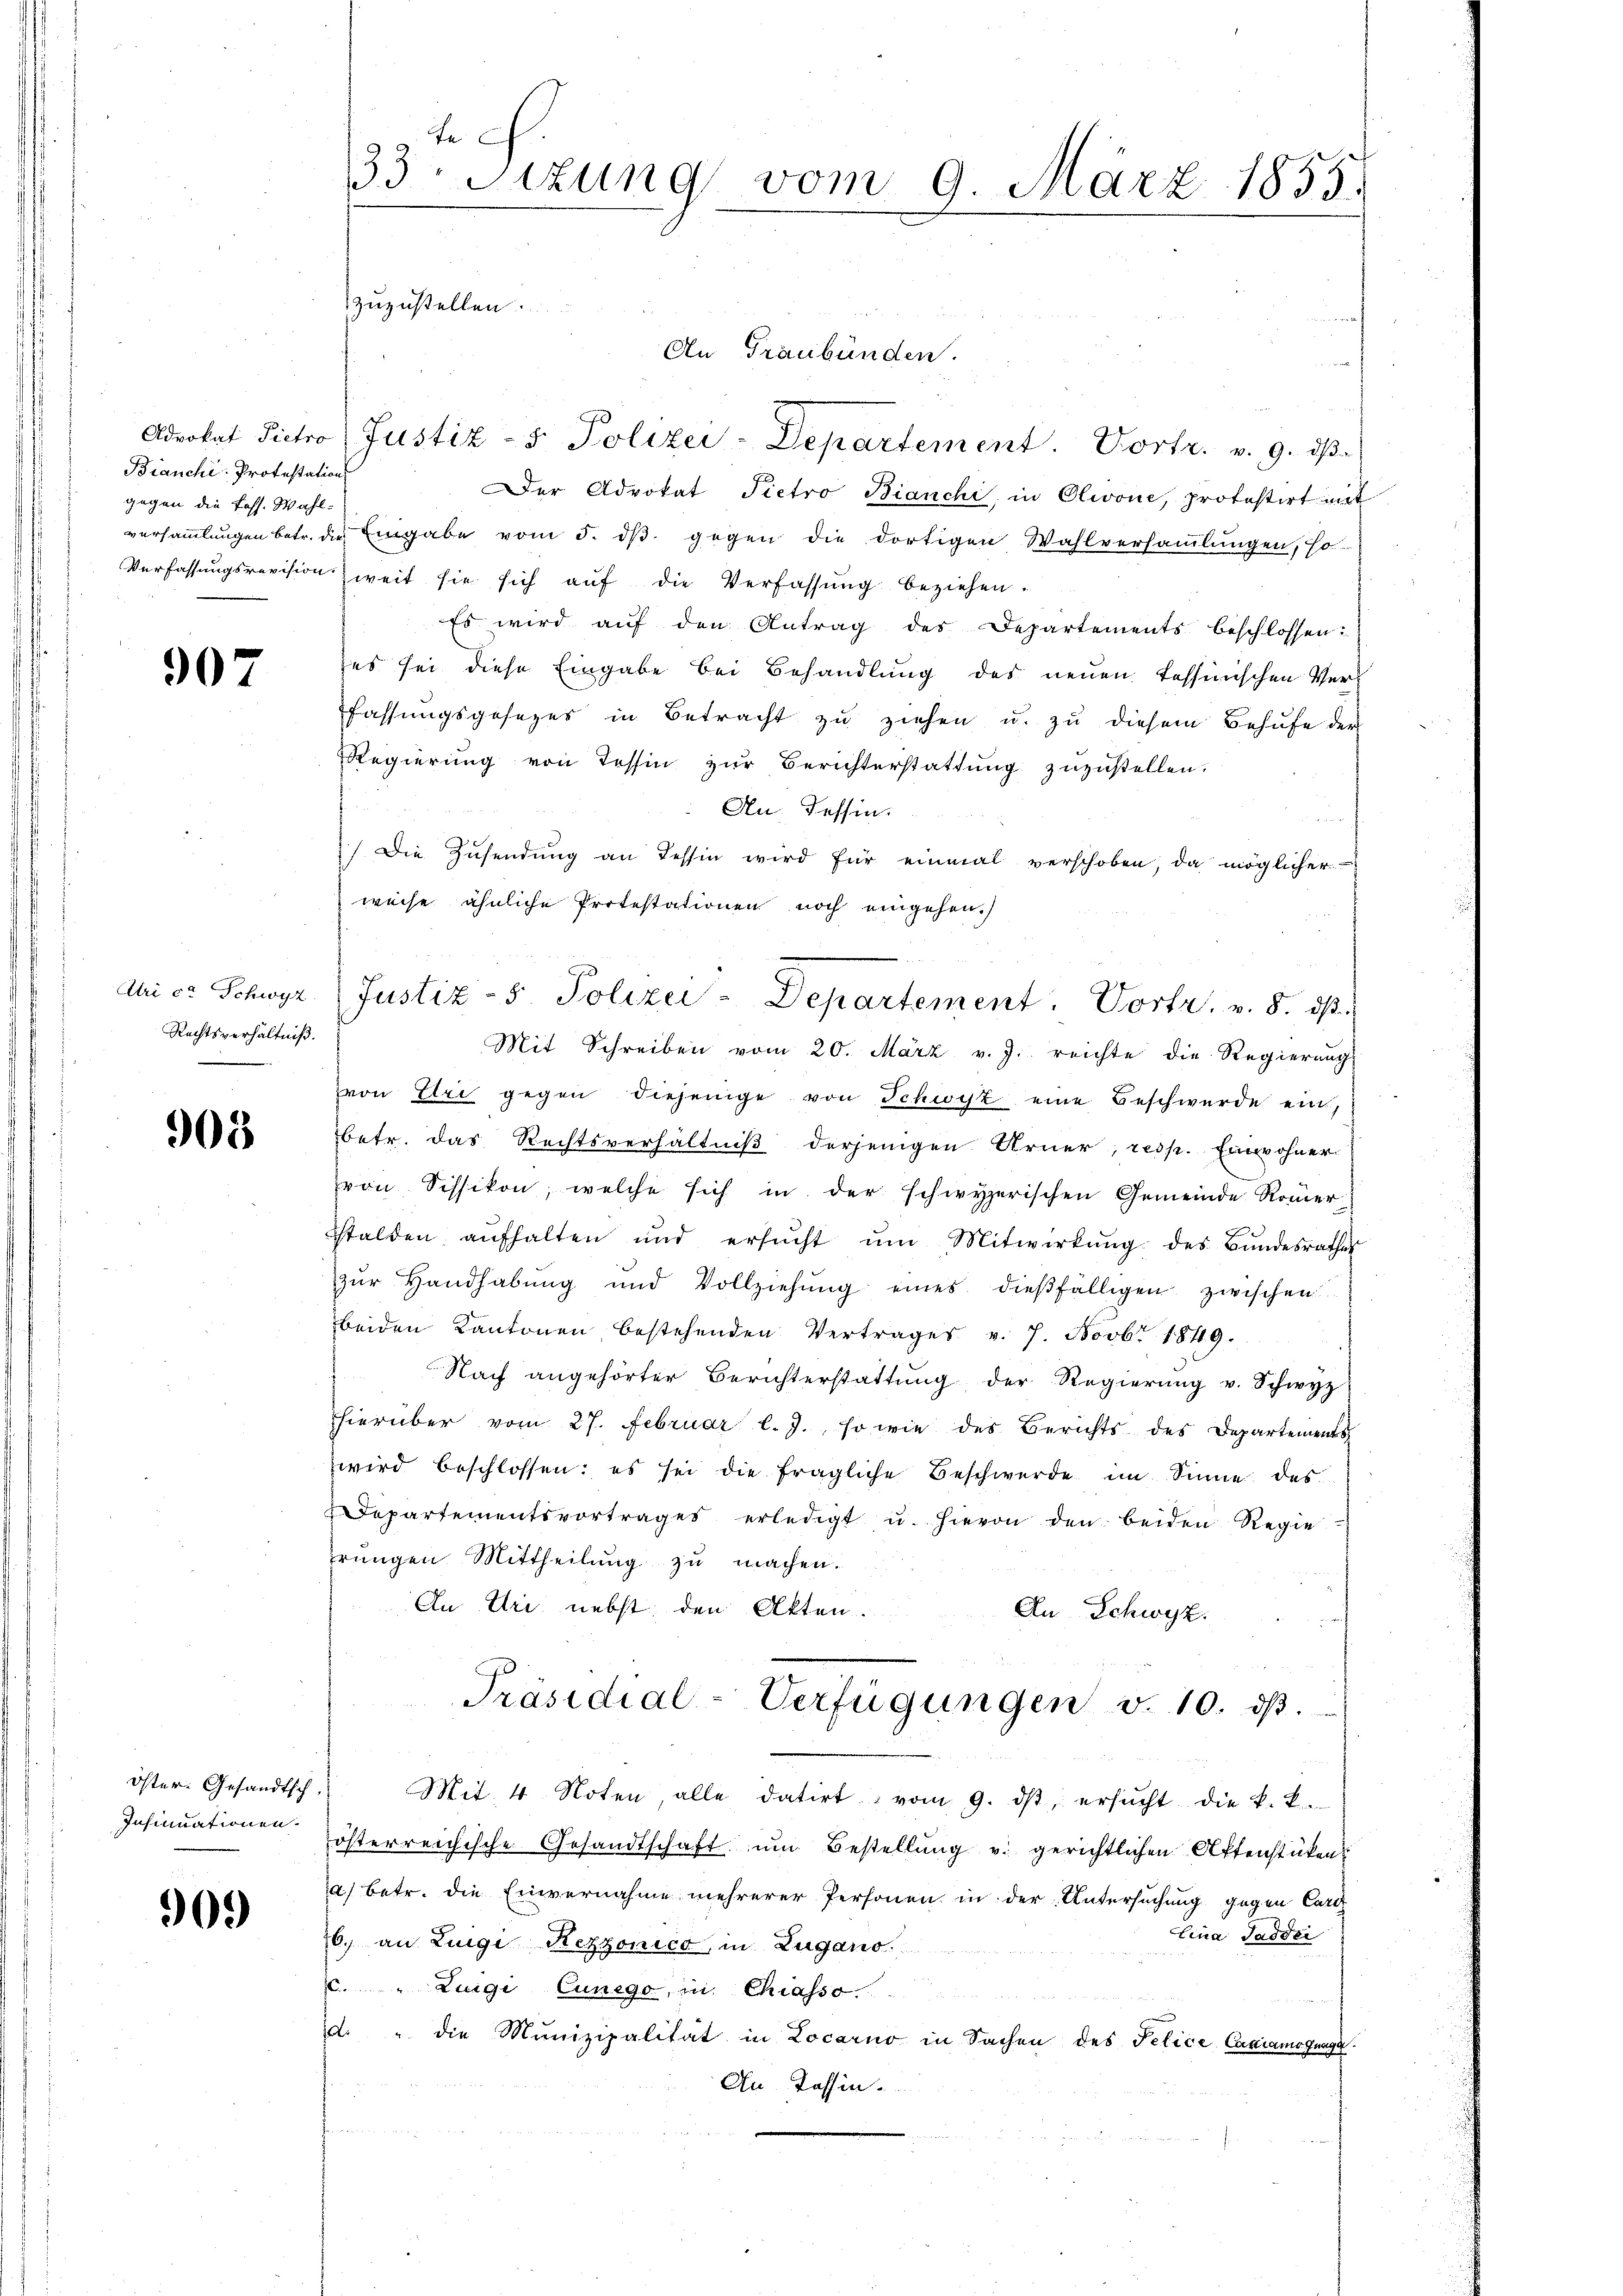
Bianchi- Protestation
gegen die foss. Wahl-

907

Atri c. Schwyz
Rechtsverhältniß.

903

Öster Gesandtsch.
Insinuationen.

909

Fe
33. Sitzung vom 9. März 1855.
zuzustellen.

Adrokat Pietro Justiz- & Polizei-Departement. Vortr. v. 9. dβ.
er Advokat Pietro Bianchi, in Olivone, protestirt mit
versammlungen betr. die Eingabe vom 5. dβ gegen die dortigen Wahlversammlungen, so
Verfassungsrevision weit sie sich auf die Verfassung beziehen.
Es wird auf den Antrag des Departements beschlossen:
es sei diese Eingabe bei Behandlung des neuen Tessinischen Ver¬
Pfassungsgesezes in Betracht zu ziehen u. zu diesem Behufe der
Regierŭng von Tessin zŭr Berichterstattŭng zŭzŭstellen.
An Tessin.
) Die Zusendung an dessen wird für einmal verschoben, da möglicher
weise ähnliche Protestationen noch eingehen.)
Mit Schreiben vom 20. März v. J.. reichte die Regierŭng
von Uri gegen diejenige von Schwyz eine Beschwerde ein,
betr. das Rechtsverhältniß derjenigen Arner, resp. Einwohner
von Sissikon, welche sich in der schwyzerischen Gemeinde Römer-
stalden aŭfhalten und ersŭcht ŭm Mitwirkŭng des Bŭndesrathes
zŭr Handhabŭng und Vollziehŭng eines dießfälligen zwischen
beiden Kantonen bestehenden Vertrages v. 7. Novb. 1849.
Nach angehörter Berichterstattŭng der Regierŭng v. Schwyz
hierüber vom 27. Februar l. J., so wie des Berichts des Departements
wird beschlossen: es sei die fragliche Beschwerde im Sinne des
Departementsvortrages erledigt u. hievon den beiden Regie
rŭngen Mittheilŭng zŭ machen.
An Uri, nebst den Akten.
An Schwyz.
Präsidial-Verfügungen v. 10. dβ.
Mit. 4 Noten, alle datirt vom 9. dβ ersucht die k. k.
österreichische Gesandtschaft ŭm Bestellung v. gerichtlichen Aktenstücken
a) betr. die Einvernahme mehrerer Personen in der Untersuchung gegen Carl
Lina Sadder
6. an Luigi Rezzonico, in Zugano.
c. " Luigi Cunego, in Chiasso
d. " die Munizipalität in Locarno in Sachen des Felice Cancamogunge
An Tessin.

An Graubünden.

Justiz- u. Polizei-Departement. Vortr. v. 8. ds.